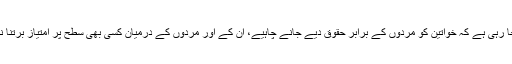
یہ بات ایک طویل عرصہ سے کہی اور سنی جا رہی ہے کہ خواتین کو مردوں کے برابر حقوق دیے جانے چاہیے، اُن کے اور مردوں کے درمیان کسی بھی سطح پر امتیاز برتنا نہ صرف غیر اخلاقی بلکہ غیر قانونی بھی ہے۔